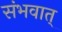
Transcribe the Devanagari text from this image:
संभवात्‌